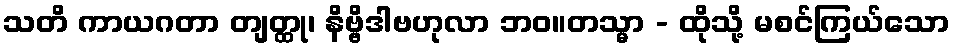
သတိ ကာယဂတာ တျတ္ထု၊ နိဗ္ဗိဒါဗဟုလာ ဘဝ။တသ္မာ - ထိုသို့ မစင်ကြယ်သော